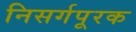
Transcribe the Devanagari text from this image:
निसर्गपूरक